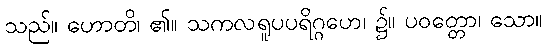
သည်။ ဟောတိ၊ ၏။ သကလရူပပရိဂ္ဂဟေ၊ ၌။ ပဝတ္တော၊ သော။